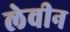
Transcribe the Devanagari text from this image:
लेवीन